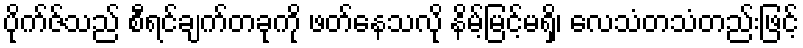
ပိုက်ဇ်သည် စီရင်ချက်တခုကို ဖတ်နေသလို နိမ့်မြင့်မရှိ၊ လေသံတသံတည်းဖြင့်